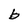
Character: b